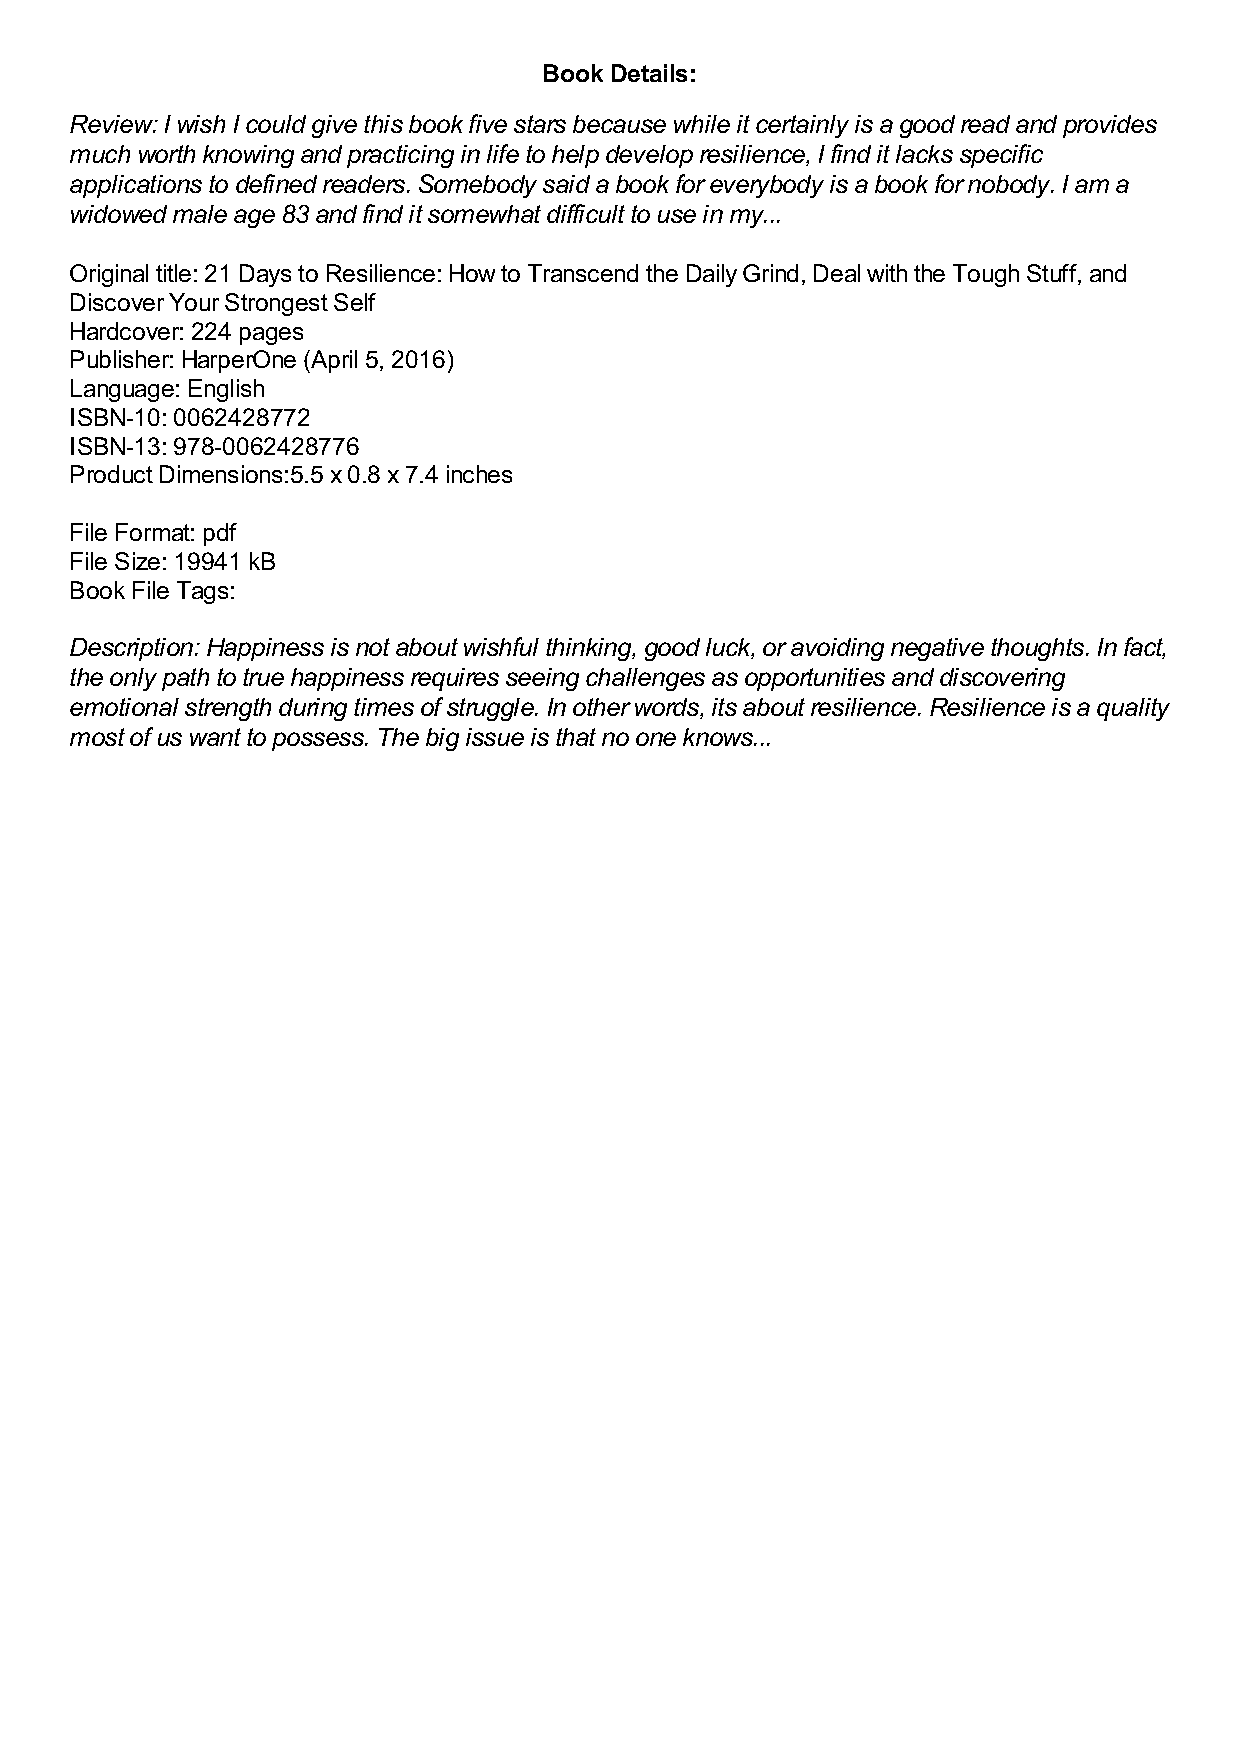
Book Details:
 Review: I wish I could give this book five stars because while it certainly is a good read and provides
 much worth knowing and practicing in life to help develop resilience, I find it lacks specific
 applications to defined readers. Somebody said a book for everybody is a book for nobody. I am a
 widowed male age 83 and find it somewhat difficult to use in my...
 Original title: 21 Days to Resilience: How to Transcend the Daily Grind, Deal with the Tough Stuff, and
 Discover Your Strongest Self
 Hardcover: 224 pages
 Publisher: HarperOne (April 5, 2016)
 Language: English
 ISBN-10: 0062428772
 ISBN-13: 978-0062428776
 Product Dimensions:5.5 x 0.8 x 7.4 inches
 File Format: pdf
 File Size: 19941 kB
 Book File Tags:
 Description: Happiness is not about wishful thinking, good luck, or avoiding negative thoughts. In fact,
 the only path to true happiness requires seeing challenges as opportunities and discovering
 emotional strength during times of struggle. In other words, its about resilience. Resilience is a quality
 most of us want to possess. The big issue is that no one knows...